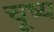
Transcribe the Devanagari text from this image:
चूष्य